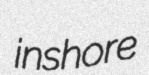
inshore